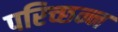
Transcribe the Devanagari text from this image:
परिच्छन्न